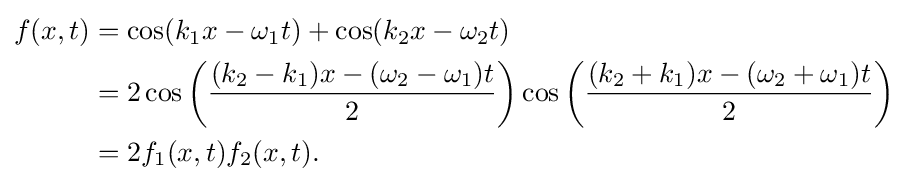
{\begin{aligned}f(x,t)&=\cos(k_{1}x-\omega _{1}t)+\cos(k_{2}x-\omega _{2}t)\\&=2\cos \left({\frac {(k_{2}-k_{1})x-(\omega _{2}-\omega _{1})t}{2}}\right)\cos \left({\frac {(k_{2}+k_{1})x-(\omega _{2}+\omega _{1})t}{2}}\right)\\&=2f_{1}(x,t)f_{2}(x,t).\end{aligned}}